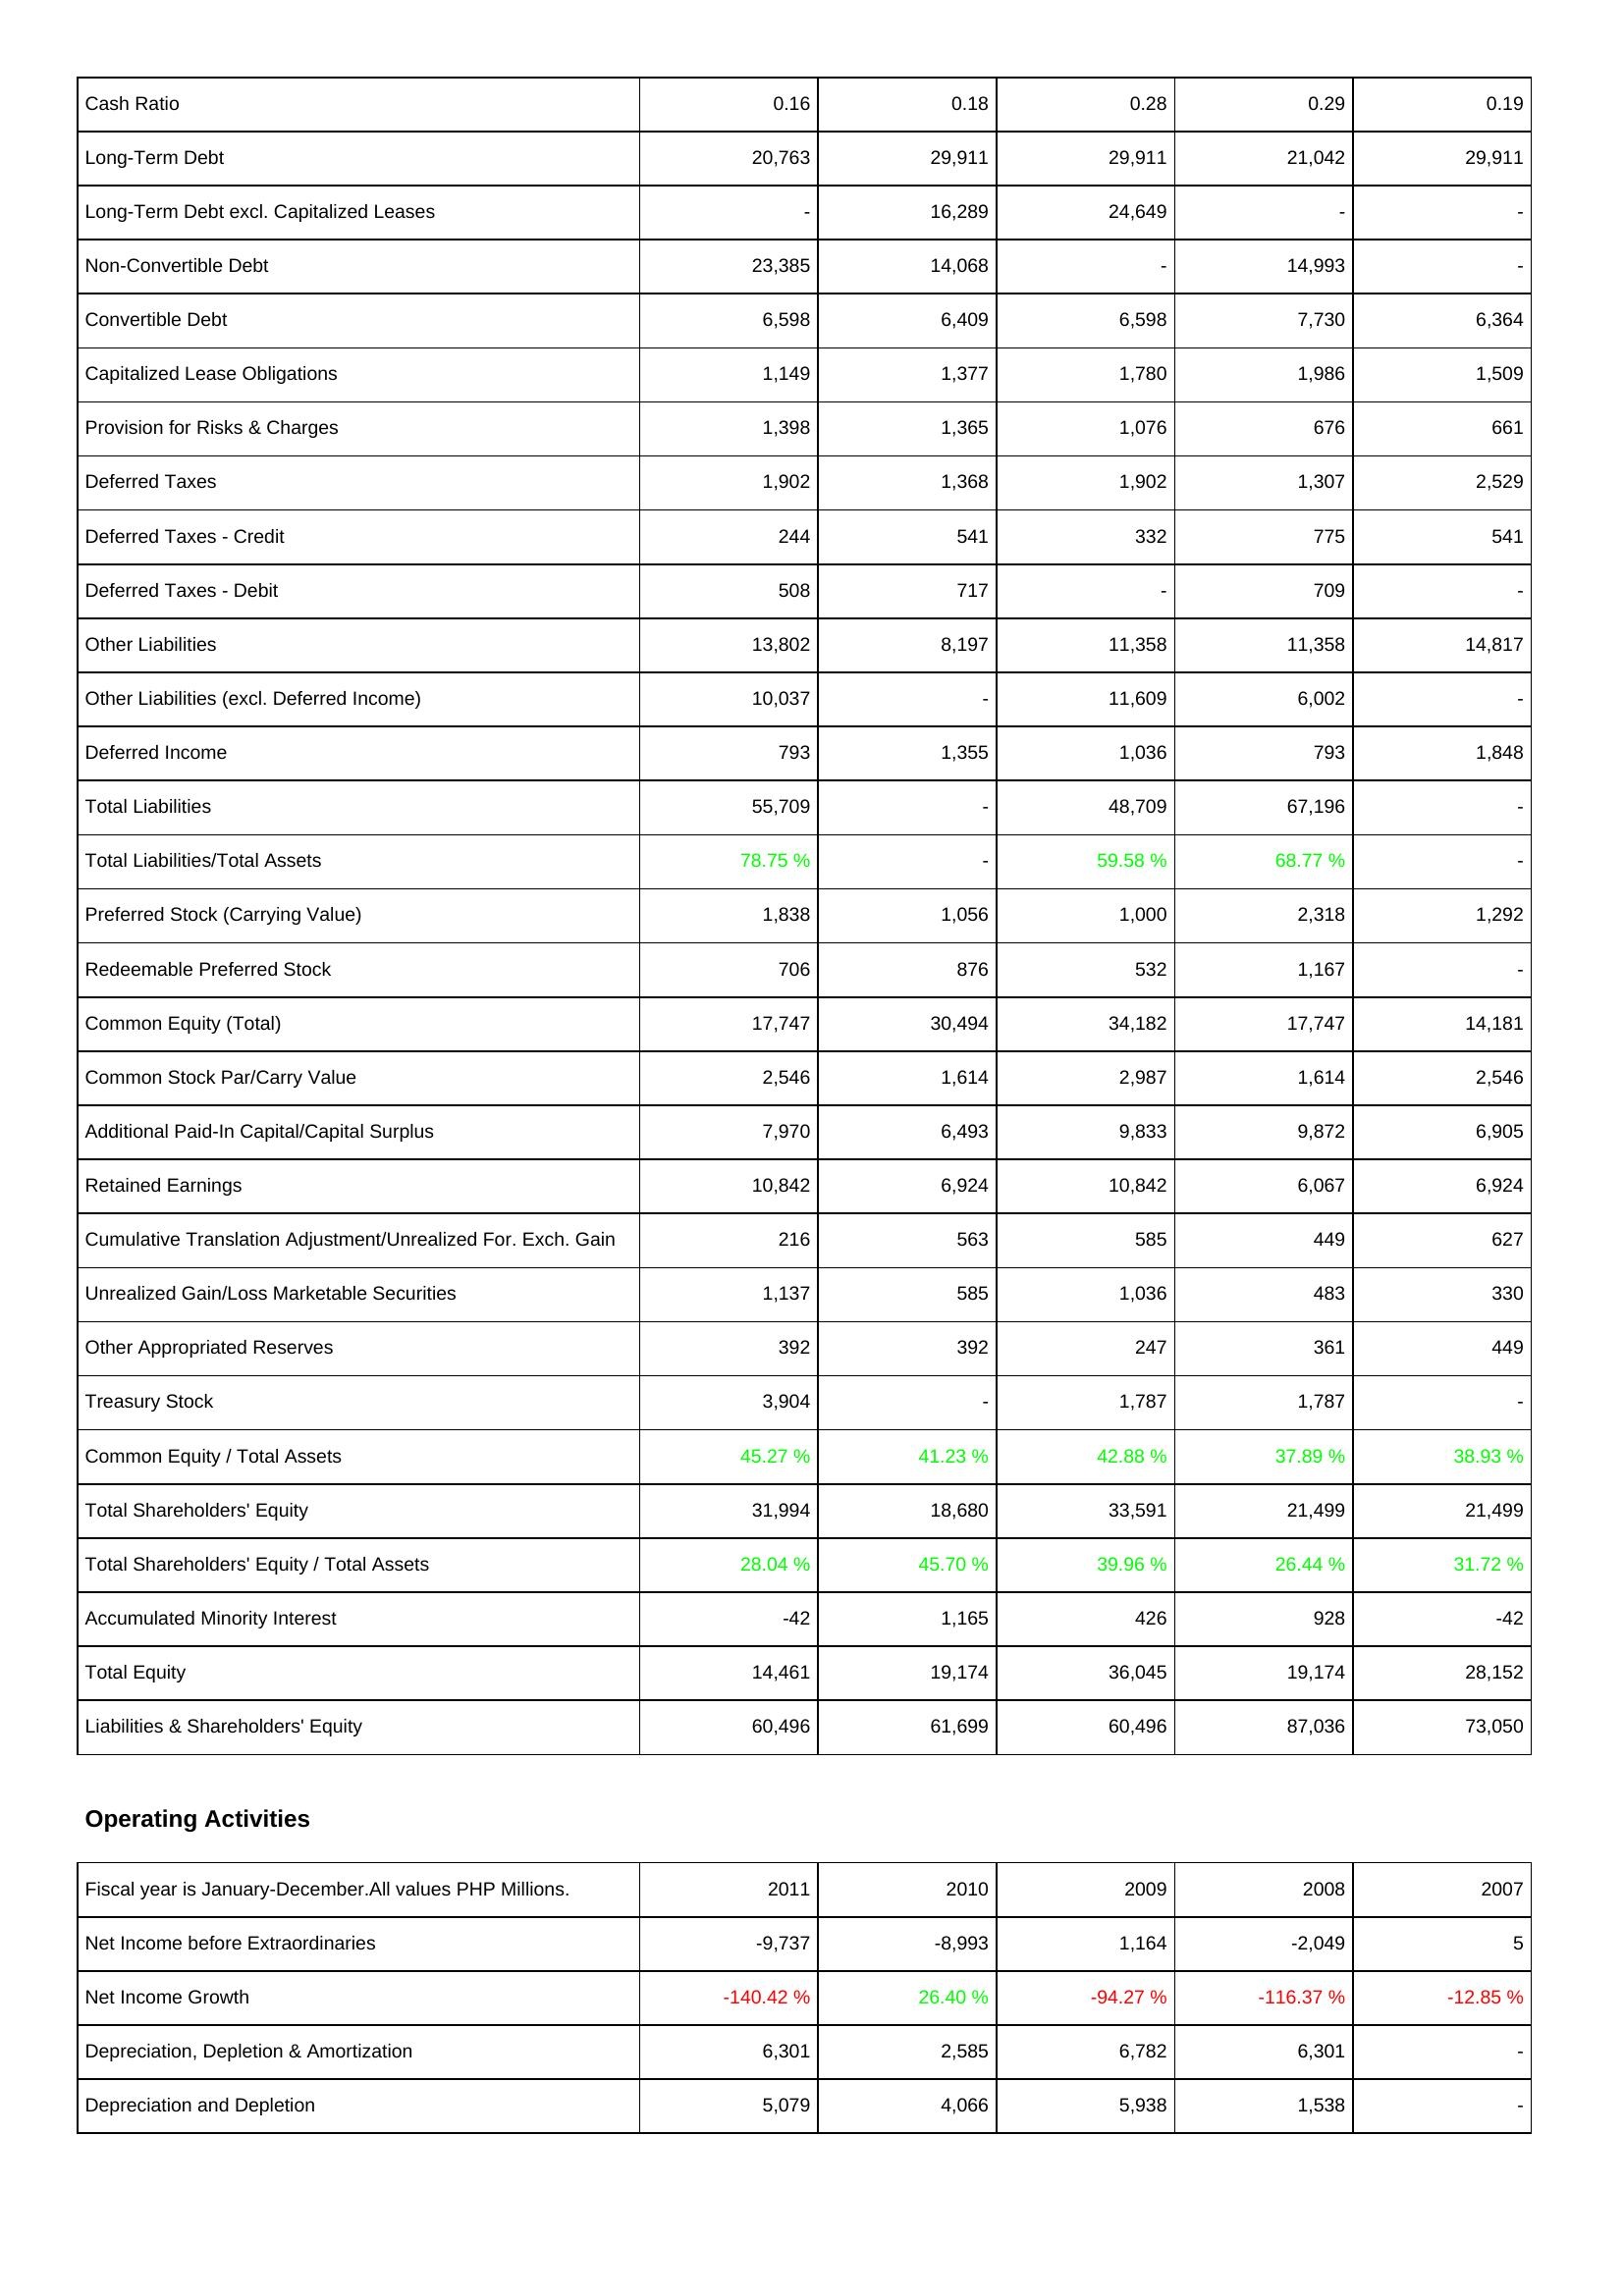
2011: Liabilities & Shareholders' Equity: Cash Ratio: 0.16
Long-Term Debt: 20,763
Long-Term Debt excl. Capitalized Leases: -
Non-Convertible Debt: 23,385
Convertible Debt: 6,598
Capitalized Lease Obligations: 1,149
Provision for Risks & Charges: 1,398
Deferred Taxes: 1,902
Deferred Taxes - Credit: 244
Deferred Taxes - Debit: 508
Other Liabilities: 13,802
Other Liabilities (excl. Deferred Income): 10,037
Deferred Income: 793
Total Liabilities: 55,709
Total Liabilities/Total Assets: 78.75 %
Preferred Stock (Carrying Value): 1,838
Redeemable Preferred Stock: 706
Common Equity (Total): 17,747
Common Stock Par/Carry Value: 2,546
Additional Paid-In Capital/Capital Surplus: 7,970
Retained Earnings: 10,842
Cumulative Translation Adjustment/Unrealized For. Exch. Gain: 216
Unrealized Gain/Loss Marketable Securities: 1,137
Other Appropriated Reserves: 392
Treasury Stock: 3,904
Common Equity / Total Assets: 45.27 %
Total Shareholders' Equity: 31,994
Total Shareholders' Equity / Total Assets: 28.04 %
Accumulated Minority Interest: -42
Total Equity: 14,461
Liabilities & Shareholders' Equity: 60,496
Operating Activities: Net Income before Extraordinaries: -9,737
Net Income Growth: -140.42 %
Depreciation, Depletion & Amortization: 6,301
Depreciation and Depletion: 5,079
2010: Liabilities & Shareholders' Equity: Cash Ratio: 0.18
Long-Term Debt: 29,911
Long-Term Debt excl. Capitalized Leases: 16,289
Non-Convertible Debt: 14,068
Convertible Debt: 6,409
Capitalized Lease Obligations: 1,377
Provision for Risks & Charges: 1,365
Deferred Taxes: 1,368
Deferred Taxes - Credit: 541
Deferred Taxes - Debit: 717
Other Liabilities: 8,197
Other Liabilities (excl. Deferred Income): -
Deferred Income: 1,355
Total Liabilities: -
Total Liabilities/Total Assets: -
Preferred Stock (Carrying Value): 1,056
Redeemable Preferred Stock: 876
Common Equity (Total): 30,494
Common Stock Par/Carry Value: 1,614
Additional Paid-In Capital/Capital Surplus: 6,493
Retained Earnings: 6,924
Cumulative Translation Adjustment/Unrealized For. Exch. Gain: 563
Unrealized Gain/Loss Marketable Securities: 585
Other Appropriated Reserves: 392
Treasury Stock: -
Common Equity / Total Assets: 41.23 %
Total Shareholders' Equity: 18,680
Total Shareholders' Equity / Total Assets: 45.70 %
Accumulated Minority Interest: 1,165
Total Equity: 19,174
Liabilities & Shareholders' Equity: 61,699
Operating Activities: Net Income before Extraordinaries: -8,993
Net Income Growth: 26.40 %
Depreciation, Depletion & Amortization: 2,585
Depreciation and Depletion: 4,066
2009: Liabilities & Shareholders' Equity: Cash Ratio: 0.28
Long-Term Debt: 29,911
Long-Term Debt excl. Capitalized Leases: 24,649
Non-Convertible Debt: -
Convertible Debt: 6,598
Capitalized Lease Obligations: 1,780
Provision for Risks & Charges: 1,076
Deferred Taxes: 1,902
Deferred Taxes - Credit: 332
Deferred Taxes - Debit: -
Other Liabilities: 11,358
Other Liabilities (excl. Deferred Income): 11,609
Deferred Income: 1,036
Total Liabilities: 48,709
Total Liabilities/Total Assets: 59.58 %
Preferred Stock (Carrying Value): 1,000
Redeemable Preferred Stock: 532
Common Equity (Total): 34,182
Common Stock Par/Carry Value: 2,987
Additional Paid-In Capital/Capital Surplus: 9,833
Retained Earnings: 10,842
Cumulative Translation Adjustment/Unrealized For. Exch. Gain: 585
Unrealized Gain/Loss Marketable Securities: 1,036
Other Appropriated Reserves: 247
Treasury Stock: 1,787
Common Equity / Total Assets: 42.88 %
Total Shareholders' Equity: 33,591
Total Shareholders' Equity / Total Assets: 39.96 %
Accumulated Minority Interest: 426
Total Equity: 36,045
Liabilities & Shareholders' Equity: 60,496
Operating Activities: Net Income before Extraordinaries: 1,164
Net Income Growth: -94.27 %
Depreciation, Depletion & Amortization: 6,782
Depreciation and Depletion: 5,938
2008: Liabilities & Shareholders' Equity: Cash Ratio: 0.29
Long-Term Debt: 21,042
Long-Term Debt excl. Capitalized Leases: -
Non-Convertible Debt: 14,993
Convertible Debt: 7,730
Capitalized Lease Obligations: 1,986
Provision for Risks & Charges: 676
Deferred Taxes: 1,307
Deferred Taxes - Credit: 775
Deferred Taxes - Debit: 709
Other Liabilities: 11,358
Other Liabilities (excl. Deferred Income): 6,002
Deferred Income: 793
Total Liabilities: 67,196
Total Liabilities/Total Assets: 68.77 %
Preferred Stock (Carrying Value): 2,318
Redeemable Preferred Stock: 1,167
Common Equity (Total): 17,747
Common Stock Par/Carry Value: 1,614
Additional Paid-In Capital/Capital Surplus: 9,872
Retained Earnings: 6,067
Cumulative Translation Adjustment/Unrealized For. Exch. Gain: 449
Unrealized Gain/Loss Marketable Securities: 483
Other Appropriated Reserves: 361
Treasury Stock: 1,787
Common Equity / Total Assets: 37.89 %
Total Shareholders' Equity: 21,499
Total Shareholders' Equity / Total Assets: 26.44 %
Accumulated Minority Interest: 928
Total Equity: 19,174
Liabilities & Shareholders' Equity: 87,036
Operating Activities: Net Income before Extraordinaries: -2,049
Net Income Growth: -116.37 %
Depreciation, Depletion & Amortization: 6,301
Depreciation and Depletion: 1,538
2007: Liabilities & Shareholders' Equity: Cash Ratio: 0.19
Long-Term Debt: 29,911
Long-Term Debt excl. Capitalized Leases: -
Non-Convertible Debt: -
Convertible Debt: 6,364
Capitalized Lease Obligations: 1,509
Provision for Risks & Charges: 661
Deferred Taxes: 2,529
Deferred Taxes - Credit: 541
Deferred Taxes - Debit: -
Other Liabilities: 14,817
Other Liabilities (excl. Deferred Income): -
Deferred Income: 1,848
Total Liabilities: -
Total Liabilities/Total Assets: -
Preferred Stock (Carrying Value): 1,292
Redeemable Preferred Stock: -
Common Equity (Total): 14,181
Common Stock Par/Carry Value: 2,546
Additional Paid-In Capital/Capital Surplus: 6,905
Retained Earnings: 6,924
Cumulative Translation Adjustment/Unrealized For. Exch. Gain: 627
Unrealized Gain/Loss Marketable Securities: 330
Other Appropriated Reserves: 449
Treasury Stock: -
Common Equity / Total Assets: 38.93 %
Total Shareholders' Equity: 21,499
Total Shareholders' Equity / Total Assets: 31.72 %
Accumulated Minority Interest: -42
Total Equity: 28,152
Liabilities & Shareholders' Equity: 73,050
Operating Activities: Net Income before Extraordinaries: 5
Net Income Growth: -12.85 %
Depreciation, Depletion & Amortization: -
Depreciation and Depletion: -